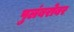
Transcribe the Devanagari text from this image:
पुलंबरोबर